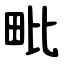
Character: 毗